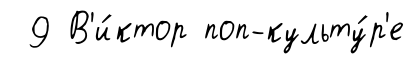
9 В'и́ктор поп-культу́р'е